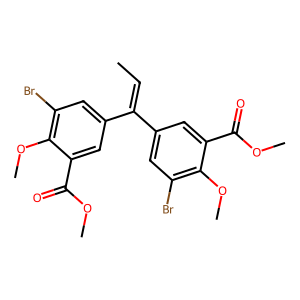
SMILES: CC=C(c1cc(Br)c(OC)c(C(=O)OC)c1)c1cc(Br)c(OC)c(C(=O)OC)c1
Inhibits HIV replication: No